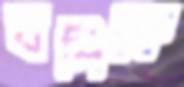
বলিকে